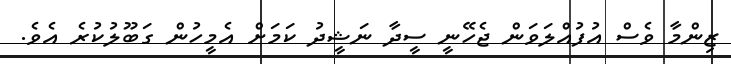
ޒިންމާ ވެސް އުފުއްލަވަން ޖެހޭނީ ސީދާ ނަޝީދު ކަމަށް އެމީހުން ގަބޫލުކުރެ އެވެ.